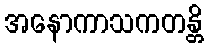
အနောကာသကတန္တိ